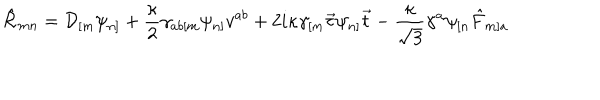
LaTeX: \hat { \cal R } _ { m n } = { \cal D } _ { [ m } \psi _ { n ] } + \frac { \kappa } { 2 } \gamma _ { a b [ m } \psi _ { n ] } v ^ { a b } + 2 i \kappa \gamma _ { [ m } \vec { \tau } \psi _ { n ] } \vec { t } - \frac { \kappa } { \sqrt { 3 } } \gamma ^ { a } \psi _ { [ n } \hat { F } _ { m ] a }